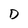
Character: D